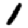
Digit: 1